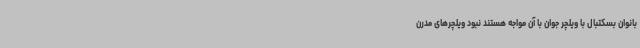
بانوان بسکتبال با ویلچر جوان با آن مواجه هستند نبود ویلچرهای مدرن